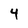
Character: 4